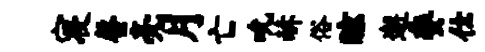
寝罄亮月亡吮赫俗眩邂委仕